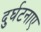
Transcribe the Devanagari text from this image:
दुर्घटनाए